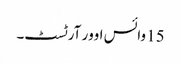
15 وائس اوور آرٹسٹ۔